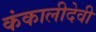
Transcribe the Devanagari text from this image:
कंकालीदेवी